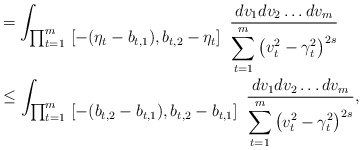
\begin{align*}&=\int_{\textstyle\prod_{t=1}^m\ [-(\eta_t-b_{t,1}),b_{t,2}-\eta_t]}\ \frac{dv_1dv_2\ldots dv_m}{\displaystyle \sum_{t=1}^m\left(v_t^2-\gamma_t^2\right) ^{2s} }\\&\le\int_{\textstyle\prod_{t=1}^m\ [-(b_{t,2}-b_{t,1}),b_{t,2}-b_{t,1}]}\ \frac{dv_1dv_2\ldots dv_m}{\displaystyle \sum_{t=1}^m\left(v_t^2-\gamma_t^2\right) ^{2s} }, \end{align*}